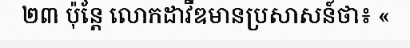
២៣ ប៉ុន្តែ លោកដាវីឌមានប្រសាសន៍ថា៖ «